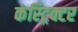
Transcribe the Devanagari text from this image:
कंस्ट्रिक्टर